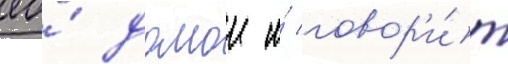
ео́ домои и́ говор'и́т